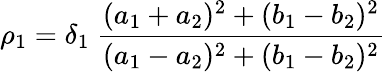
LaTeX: \rho_{1}=\delta_{1}\ \frac{(a_{1}+a_{2})^{2}+(b_{1}-b_{2})^{2}}{(a_{1}-a_{2})^{2}+(b_{1}-b_{2})^{2}}